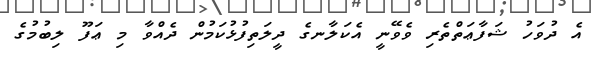
އެ ދުވަހު ޝަފާޢަތްތެރި ވެވޭނީ އެކަލާނގެ ދީލަތިފުޅުކަމުން ދެއްވާ މި ޢަފޫ ލިބުމުގެ